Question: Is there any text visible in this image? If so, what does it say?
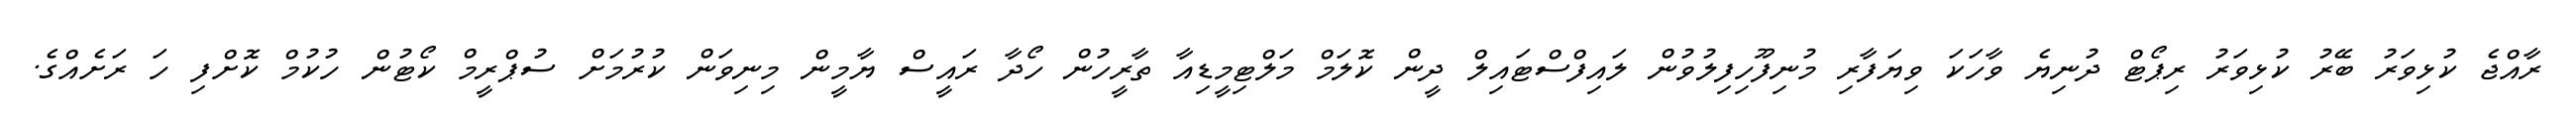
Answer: ރާއްޖެ ކުޅިވަރު ބޭރު ކުޅިވަރު ރިޕޯޓް ދުނިޔެ ވާހަކަ ވިޔަފާރި މުނިފޫހިފިލުވުން ލައިފްސްޓައިލް ދީން ކޮލަމް މަލްޓިމީޑިއާ ތާރީހުން ހޯދާ ރައީސް ޔާމީން މިނިވަން ކުރުމަށް ސުޕްރީމް ކޯޓުން ހުކުމް ކޮށްފި ހަ ރަށެއްގެ.